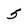
Character: 5